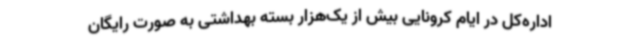
اداره‌کل در ایام کرونایی بیش از یک‌هزار بسته بهداشتی به صورت رایگان